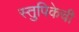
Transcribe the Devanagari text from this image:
स्तुपिकेची